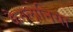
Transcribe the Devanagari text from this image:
कैतलोनिया